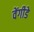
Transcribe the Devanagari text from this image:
वेंगीडे